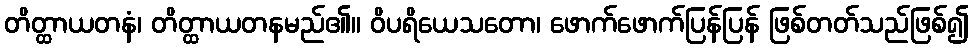
တိတ္ထာယတနံ၊ တိတ္ထာယတနမည်၏။ ဝိပရိယေသတော၊ ဖောက်ဖောက်ပြန်ပြန် ဖြစ်တတ်သည်ဖြစ်၍